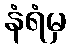
နံရံမှ